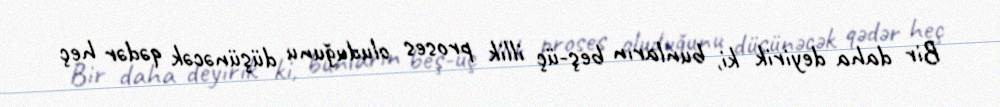
Bir daha deyirik ki, bunların beş-üç illik proses oluduğunu düşünəcək qədər heç